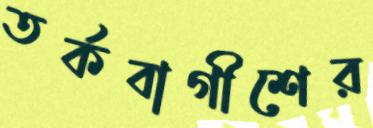
তর্কবাগীশের